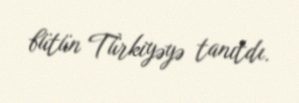
bütün Türkiyəyə tanıtdı.